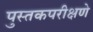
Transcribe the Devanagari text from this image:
पुस्तकपरीक्षणे